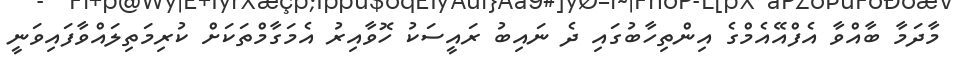
މާދަމާ ބާއްވާ އެފްއޭއެމްގެ އިންތިހާބުގައި ދެ ނައިބު ރައީސަކު ހޮވާއިރު އެމަގާމްތަކަށް ކުރިމަތިލައްވާފައިވަނީ